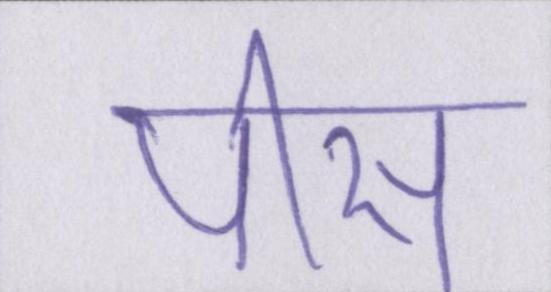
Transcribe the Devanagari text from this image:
पीस